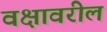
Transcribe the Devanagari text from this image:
वक्षावरील